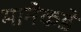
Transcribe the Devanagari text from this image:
मानेकडे